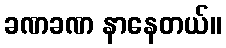
ခဏခဏ နာနေတယ်။